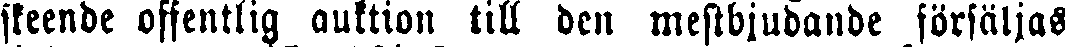
skeende offentlig auktion till den mestbjudaude försäljas